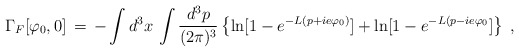
\begin{align*}\Gamma_F[\varphi_0, 0]\,=\,- \int d^3x\,\int \frac{d^3p}{(2\pi)^3}\left\{ \ln[1 - e^{-L (p + i e \varphi_0)} ]+\ln[1 - e^{-L(p - i e \varphi_0}]\right\}\;,\end{align*}